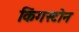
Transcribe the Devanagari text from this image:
किंगस्टोन